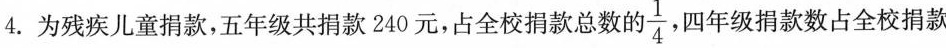
4.为残疾儿童捐款，五年级共捐款240元，占全校捐款总数的\frac{1}{4}四年级捐款数占全校捐款